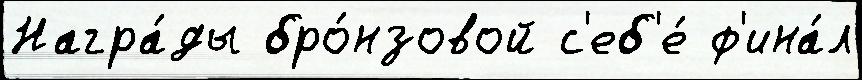
Награ́ды бро́нзовой с'еб'е́ ф'ина́л